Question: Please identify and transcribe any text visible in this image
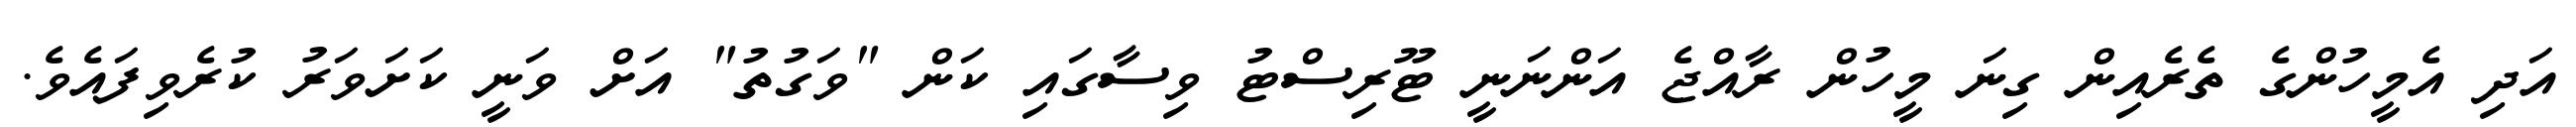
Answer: އަދި އެމީހުންގެ ތެރެއިން ގިނަ މީހުން ރާއްޖެ އަންނަނީ ޓޫރިސްޓު ވިސާގައި ކަން "ވަގުތު" އަށް ވަނީ ކަށަވަރު ކުރެވިފައެވެ.